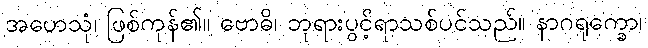
အဟေသုံ၊ ဖြစ်ကုန်၏။ ဗောဓိ၊ ဘုရားပွင့်ရာသစ်ပင်သည်။ နာဂရုက္ခော၊